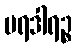
ပရဒါရဉ္စ